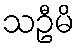
သဦမိ